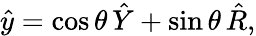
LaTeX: \hat{y}=\cos{\theta}\, \hat{Y}+\sin{\theta}\, \hat{R},